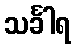
သင်္ခါရ